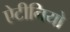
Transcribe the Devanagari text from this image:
ऐटीनियो